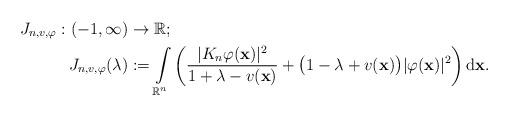
LaTeX: \begin{align*}J_{n,v,\varphi}:(-1,\infty) &\rightarrow \mathbb{R};\\ J_{n,v,\varphi}(\lambda)&:=\int\limits_{\mathbb{R}^n}\left(\frac{|K_n\varphi(\mathbf{x})|^2}{1+\lambda -v(\mathbf{x})}+\big(1-\lambda+v(\mathbf{x})\big)|\varphi(\mathbf{x})|^2\right)\mathrm{d}\mathbf{x}. \end{align*}